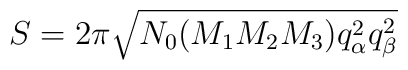
S = 2\pi \sqrt{N_0 (M_1 M_2 M_3) q_\alpha^2 q_\beta^2}